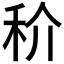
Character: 𥝵